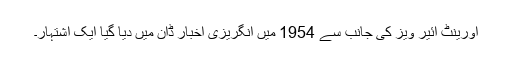
اورینٹ ائیر ویز کی جانب سے 1954 میں انگریزی اخبار ڈان میں دیا گیا ایک اشتہار۔